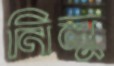
নিলু